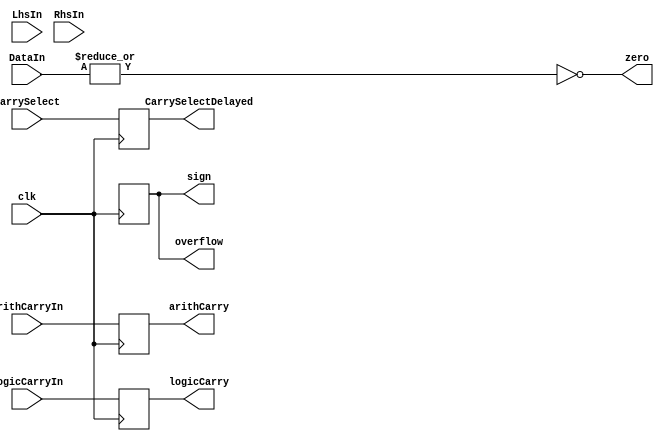
module flags
#(
    parameter DATA_WIDTH = 16
)
(
    input clk,
    input arithCarryIn,
    input logicCarryIn,
    input [DATA_WIDTH-1:0] DataIn,
    input [DATA_WIDTH-1:0] LhsIn,
    input [DATA_WIDTH-1:0] RhsIn,
    input [1:0] CarrySelect,

    output reg arithCarry,
    output reg logicCarry,
    output zero,
    output reg sign,
    output reg overflow,
    output reg [1:0] CarrySelectDelayed
);

initial begin
    arithCarry <= 0;
    logicCarry <= 0;
    sign <= 0;
    overflow <= 0;
    CarrySelectDelayed <= 0;

end

always @(posedge clk) begin
    CarrySelectDelayed <= CarrySelect;
    overflow <= ((LhsIn[DATA_WIDTH] ^ DataIn[DATA_WIDTH]) & (DataIn[DATA_WIDTH] ^ RhsIn[DATA_WIDTH]));
    sign <= DataIn[DATA_WIDTH];
    arithCarry <= arithCarryIn;
    logicCarry <= logicCarryIn;

end

assign zero = ~(| DataIn);

endmodule